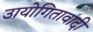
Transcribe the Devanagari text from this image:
उायोगितावादी